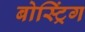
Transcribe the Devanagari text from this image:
बोस्ट्रिंग